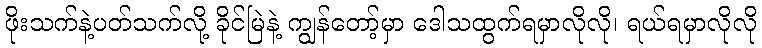
ဖိုးသက်နဲ့ပတ်သက်လို့ ခိုင်မြဲနဲ့ ကျွန်တော့်မှာ ဒေါသထွက်ရမှာလိုလို၊ ရယ်ရမှာလိုလို